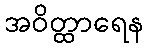
အဝိတ္ထာရေန